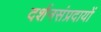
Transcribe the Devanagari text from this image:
दर्शनसंप्रदायों